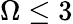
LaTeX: \Omega\leq 3